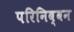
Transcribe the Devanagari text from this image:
परिनिब्बन